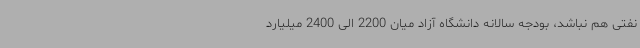
نفتی هم نباشد، بودجه سالانه دانشگاه آزاد میان 2200 الی 2400 میلیارد